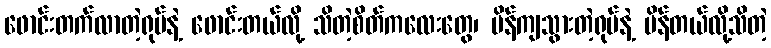
ဖောင်းတက်လာတဲ့ရုပ်နဲ့ ဖောင်းတယ်လို့ သိတဲ့စိတ်ကလေးတွေ၊ ပိန်ကျသွားတဲ့ရုပ်နဲ့ ပိန်တယ်လို့သိတဲ့